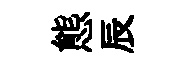
態辰